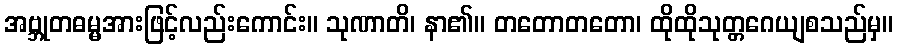
အဗ္ဘုတဓမ္မအားဖြင့်လည်းကောင်း။ သုဏာတိ၊ နာ၏။ တတောတတော၊ ထိုထိုသုတ္တဂေယျစသည်မှ။